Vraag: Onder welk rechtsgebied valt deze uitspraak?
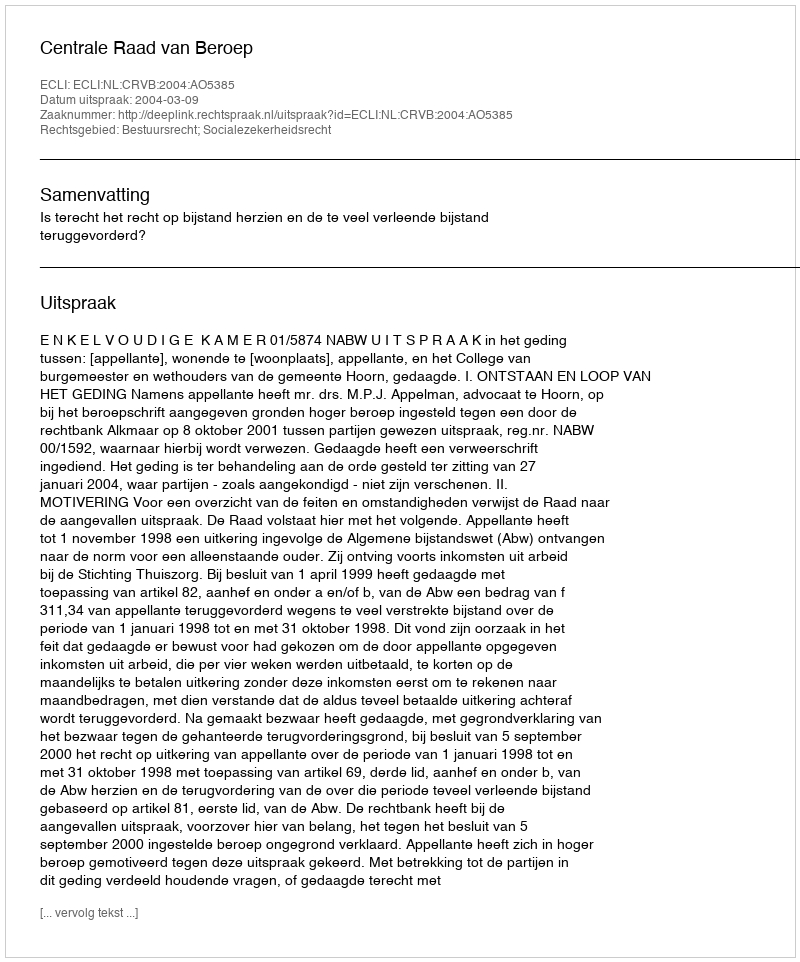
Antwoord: Bestuursrecht; Socialezekerheidsrecht